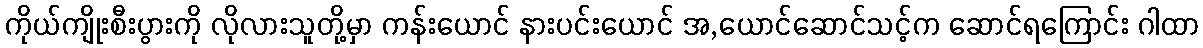
ကိုယ်ကျိုးစီးပွားကို လိုလားသူတို့မှာ ကန်းယောင် နားပင်းယောင် အ,ယောင်ဆောင်သင့်က ဆောင်ရကြောင်း ဂါထာ